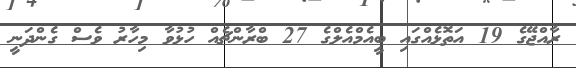
ރާއްޖޭގެ 19 އަތޮޅެއްގައި ބީއެމްއެލްގެ 27 ބްރާންޗެއް ހުޅުވާ މިހާރު ވެސް ގެންދަނީ